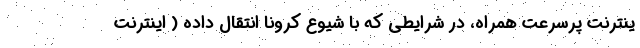
ینترنت پرسرعت همراه، در شرایطی که با شیوع کرونا انتقال داده ( اینترنت